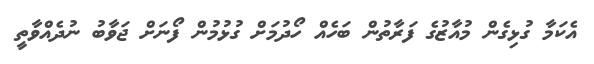
އެކަމާ ގުޅިގެން މުއާޒުގެ ފަރާތުން ބަހެއް ހޯދުމަށް ގުޅުމުން ފޯނަށް ޖަވާބު ނުދެއްވާތީ